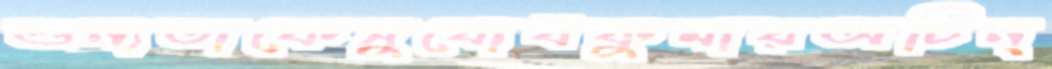
শুন্যতাকেসুবোধকুমারঅচিন্